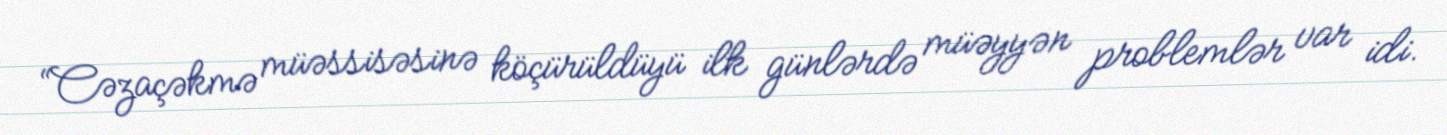
“Cəzaçəkmə müəssisəsinə köçürüldüyü ilk günlərdə müəyyən problemlər var idi.